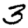
Digit: 3